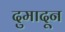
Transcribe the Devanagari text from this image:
दुमादून